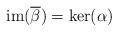
LaTeX: \begin{align*} \operatorname{im}(\overline{\beta})=\operatorname{ker}(\alpha)\end{align*}